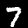
Digit: 7